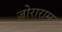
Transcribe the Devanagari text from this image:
जोराराम